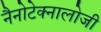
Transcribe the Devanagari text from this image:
नैनोटेक्नालोजी